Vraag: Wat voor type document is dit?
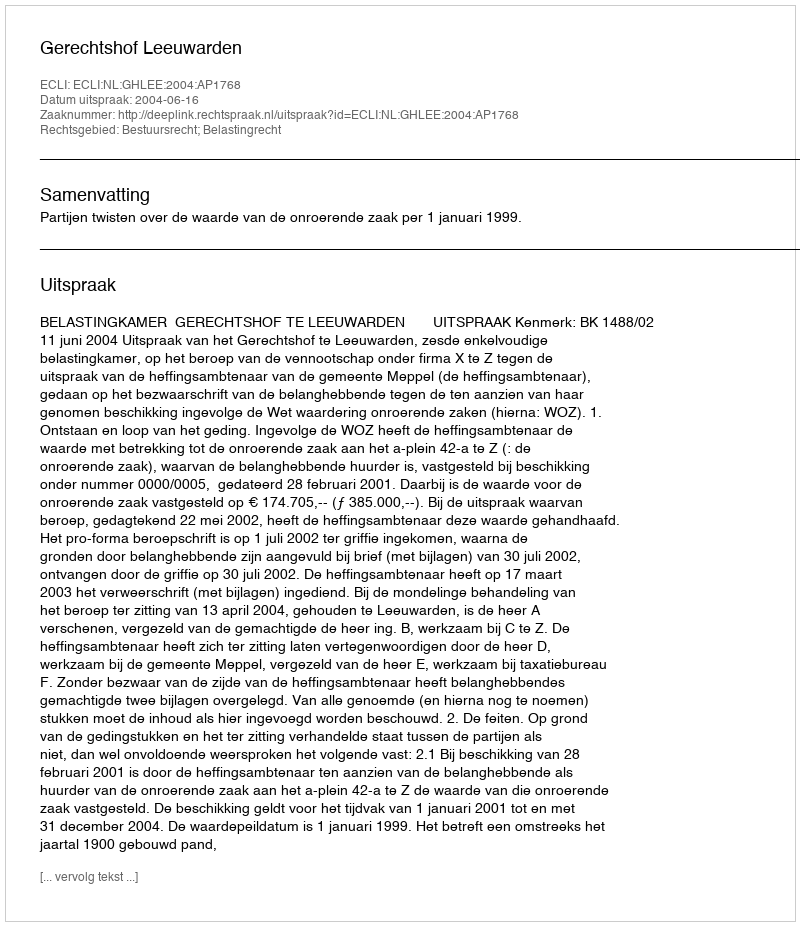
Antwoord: Uitspraak